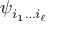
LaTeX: \psi _ { i _ { 1 } \dots i _ { \ell } }